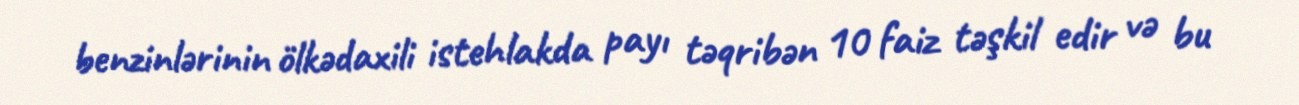
benzinlərinin ölkədaxili istehlakda payı təqribən 10 faiz təşkil edir və bu